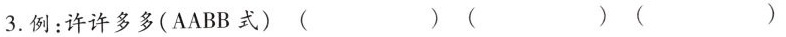
3.例：许许多多(AABB式)( )( )( )